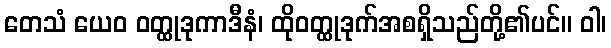
တေသံ ယေဝ ဝတ္ထုဒုကာဒီနံ၊ ထိုဝတ္ထုဒုက်အစရှိသည်တို့၏ပင်။ ဝါ၊